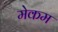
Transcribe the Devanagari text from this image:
मेकम